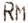
RM